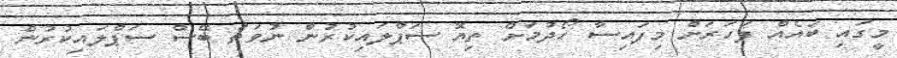
މީގައި ބައެއް ފަހަރަށް މިފައިސާ ހޯދުމަށް ތިޔޮ ސަޕްލައިކުރުން ނުވަތަ ބޭސް ސަޕްލައިކުރުން